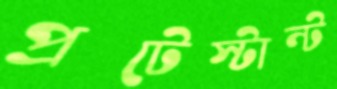
প্রটেস্টান্ট